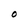
Character: O